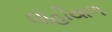
લોહીયાળ